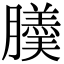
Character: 𦢋